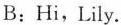
B:Hi,Lily.